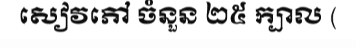
សៀវភៅ ចំនួន ២៥ ក្បាល (